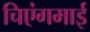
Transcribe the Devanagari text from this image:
चिएंगमाई